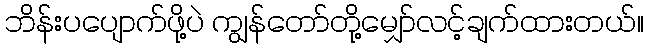
ဘိန်းပပျောက်ဖို့ပဲ ကျွန်တော်တို့မျှော်လင့်ချက်ထားတယ်။